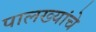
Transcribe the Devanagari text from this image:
पालख्यांचे